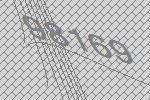
98169